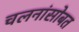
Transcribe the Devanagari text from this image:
चलनांसोबत